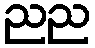
ညည